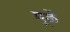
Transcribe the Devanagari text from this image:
मूळें